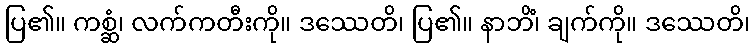
ပြ၏။ ကစ္ဆံ၊ လက်ကတီးကို။ ဒဿေတိ၊ ပြ၏။ နာဘိံ၊ ချက်ကို။ ဒဿေတိ၊